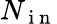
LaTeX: N_{\mathrm{~i~n~}}